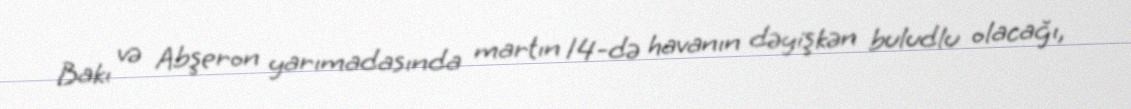
Bakı və Abşeron yarımadasında martın 14-də havanın dəyişkən buludlu olacağı,